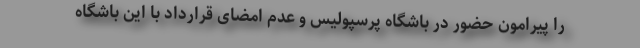
را پیرامون حضور در باشگاه پرسپولیس و عدم امضای قرارداد با این باشگاه